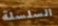
السلسلة